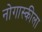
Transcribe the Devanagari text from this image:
नोगास्कीला